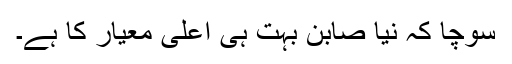
سوچا کہ نیا صابن بہت ہی اعلیٰ معیار کا ہے۔